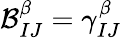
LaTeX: \mathcal{B}_{IJ}^{\beta}=\gamma_{IJ}^{\beta}